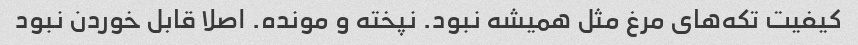
کیفیت تکه‌های مرغ مثل همیشه نبود. نپخته و مونده. اصلا قابل خوردن نبود